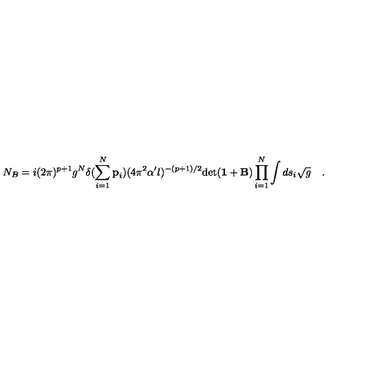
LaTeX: N _ { B } = i ( 2 \pi ) ^ { p + 1 } g ^ { N } \delta ( \sum _ { i = 1 } ^ { N } { \bf p } _ { i } ) ( 4 \pi ^ { 2 } \alpha ^ { \prime } l ) ^ { - ( p + 1 ) / 2 } \mathrm { d e t } ( { \bf 1 } + { \bf B } ) \prod _ { i = 1 } ^ { N } \int d s _ { i } { \sqrt { g } } \quad .